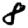
Digit: 8